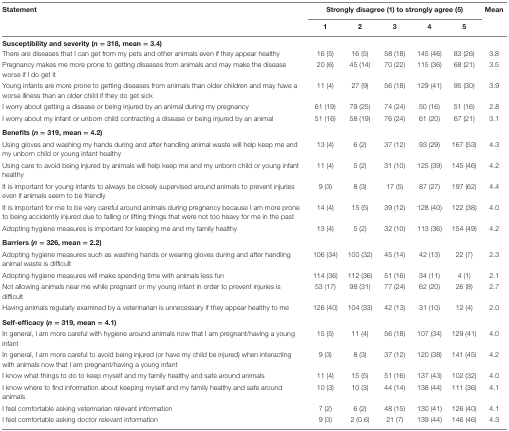
<table><thead><tr><td rowspan="2"><b>Statement</b></td><td colspan="5"><b>Strongly disagree (1) to strongly agree (5)</b></td><td rowspan="2"><b>Mean</b></td></tr><tr><td><b>1</b></td><td><b>2</b></td><td><b>3</b></td><td><b>4</b></td><td><b>5</b></td></tr></thead><tbody><tr><td colspan="7"><b>Susceptibility and severity (</b><b><i>n</i></b> <b>= 318, mean = 3.4)</b></td></tr><tr><td>There are diseases that I can get from my pets and other animals even if they appear healthy</td><td>16 (5)</td><td>16 (5)</td><td>58 (18)</td><td>145 (46)</td><td>83 (26)</td><td>3.8</td></tr><tr><td>Pregnancy makes me more prone to getting diseases from animals and may make the disease worse if I do get it</td><td>20 (6)</td><td>45 (14)</td><td>70 (22)</td><td>115 (36)</td><td>68 (21)</td><td>3.5</td></tr><tr><td>Young infants are more prone to getting diseases from animals than older children and may have a worse illness than an older child if they do get sick</td><td>11 (4)</td><td>27 (9)</td><td>56 (18)</td><td>129 (41)</td><td>95 (30)</td><td>3.9</td></tr><tr><td>I worry about getting a disease or being injured by an animal during my pregnancy</td><td>61 (19)</td><td>79 (25)</td><td>74 (24)</td><td>50 (16)</td><td>51 (16)</td><td>2.8</td></tr><tr><td>I worry about my infant or unborn child contracting a disease or being injured by an animal</td><td>51 (16)</td><td>58 (19)</td><td>76 (24)</td><td>61 (20)</td><td>67 (21)</td><td>3.1</td></tr><tr><td colspan="7"><b>Benefits (</b><b><i>n</i></b> <b>= 319, mean = 4.2)</b></td></tr><tr><td>Using gloves and washing my hands during and after handling animal waste will help keep me and my unborn child or young infant healthy</td><td>13 (4)</td><td>6 (2)</td><td>37 (12)</td><td>93 (29)</td><td>167 (53)</td><td>4.3</td></tr><tr><td>Using care to avoid being injured by animals will help keep me and my unborn child or young infant healthy</td><td>11 (4)</td><td>5 (2)</td><td>31 (10)</td><td>125 (39)</td><td>145 (46)</td><td>4.2</td></tr><tr><td>It is important for young infants to always be closely supervised around animals to prevent injuries even if animals seem to be friendly</td><td>9 (3)</td><td>8 (3)</td><td>17 (5)</td><td>87 (27)</td><td>197 (62)</td><td>4.4</td></tr><tr><td>It is important for me to be very careful around animals during pregnancy because I am more prone to being accidently injured due to falling or lifting things that were not too heavy for me in the past</td><td>14 (4)</td><td>15 (5)</td><td>39 (12)</td><td>128 (40)</td><td>122 (38)</td><td>4.0</td></tr><tr><td>Adopting hygiene measures is important for keeping me and my family healthy</td><td>13 (4)</td><td>5 (2)</td><td>32 (10)</td><td>113 (36)</td><td>154 (49)</td><td>4.2</td></tr><tr><td colspan="7"><b>Barriers (</b><b><i>n</i></b> <b>= 326, mean = 2.2)</b></td></tr><tr><td>Adopting hygiene measures such as washing hands or wearing gloves during and after handling animal waste is difficult</td><td>106 (34)</td><td>100 (32)</td><td>45 (14)</td><td>42 (13)</td><td>22 (7)</td><td>2.3</td></tr><tr><td>Adopting hygiene measures will make spending time with animals less fun</td><td>114 (36)</td><td>112 (36)</td><td>51 (16)</td><td>34 (11)</td><td>4 (1)</td><td>2.1</td></tr><tr><td>Not allowing animals near me while pregnant or my young infant in order to prevent injuries is difficult</td><td>53 (17)</td><td>98 (31)</td><td>77 (24)</td><td>62 (20)</td><td>26 (8)</td><td>2.7</td></tr><tr><td>Having animals regularly examined by a veterinarian is unnecessary if they appear healthy to me</td><td>126 (40)</td><td>104 (33)</td><td>42 (13)</td><td>31 (10)</td><td>12 (4)</td><td>2.0</td></tr><tr><td colspan="7"><b>Self-efficacy (</b><b><i>n</i></b> <b>= 319, mean = 4.1)</b></td></tr><tr><td>In general, I am more careful with hygiene around animals now that I am pregnant/having a young infant</td><td>15 (5)</td><td>11 (4)</td><td>56 (18)</td><td>107 (34)</td><td>129 (41)</td><td>4.0</td></tr><tr><td>In general, I am more careful to avoid being injured (or have my child be injured) when interacting with animals now that I am pregnant/having a young infant</td><td>9 (3)</td><td>8 (3)</td><td>37 (12)</td><td>120 (38)</td><td>141 (45)</td><td>4.2</td></tr><tr><td>I know what things to do to keep myself and my family healthy and safe around animals</td><td>11 (4)</td><td>15 (5)</td><td>51 (16)</td><td>137 (43)</td><td>102 (32)</td><td>4.0</td></tr><tr><td>I know where to find information about keeping myself and my family healthy and safe around animals</td><td>10 (3)</td><td>10 (3)</td><td>44 (14)</td><td>138 (44)</td><td>111 (36)</td><td>4.1</td></tr><tr><td>I feel comfortable asking veterinarian relevant information</td><td>7 (2)</td><td>6 (2)</td><td>48 (15)</td><td>130 (41)</td><td>126 (40)</td><td>4.1</td></tr><tr><td>I feel comfortable asking doctor relevant information</td><td>9 (3)</td><td>2 (0.6)</td><td>21 (7)</td><td>139 (44)</td><td>146 (46)</td><td>4.3</td></tr></tbody></table>